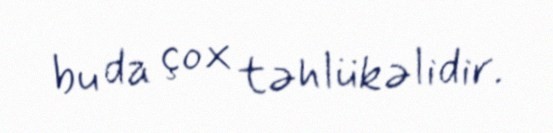
bu da çox təhlükəlidir.